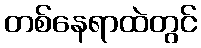
တစ်နေရာထဲတွင်